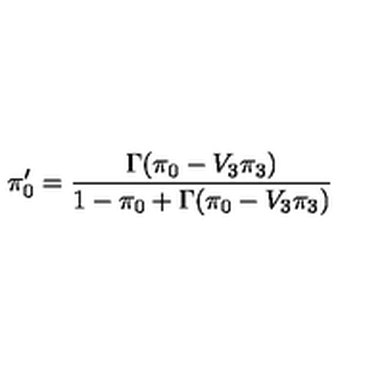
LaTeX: \pi _ { 0 } ^ { \prime } = \frac { \Gamma ( \pi _ { 0 } - V _ { 3 } \pi _ { 3 } ) } { 1 - \pi _ { 0 } + \Gamma ( \pi _ { 0 } - V _ { 3 } \pi _ { 3 } ) }